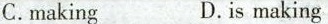
C.making D.is making